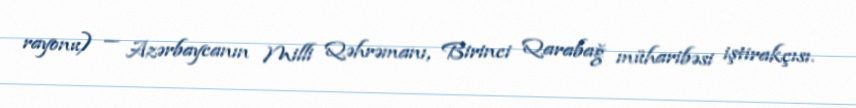
rayonu) — Azərbaycanın Milli Qəhrəmanı, Birinci Qarabağ müharibəsi iştirakçısı.